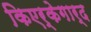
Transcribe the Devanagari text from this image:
किएर्केगार्द